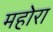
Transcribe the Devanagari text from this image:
महोरा